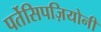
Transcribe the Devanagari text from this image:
पर्तेसिपज़ियोनी